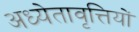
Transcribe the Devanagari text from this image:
अध्येतावृत्तियों